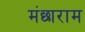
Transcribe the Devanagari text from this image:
मंछाराम